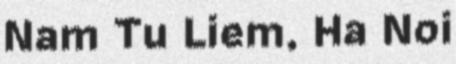
Nam Tu Liem, Ha Noi